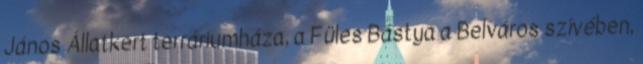
János Állatkert terráriumháza, a Füles Bástya a Belváros szívében,